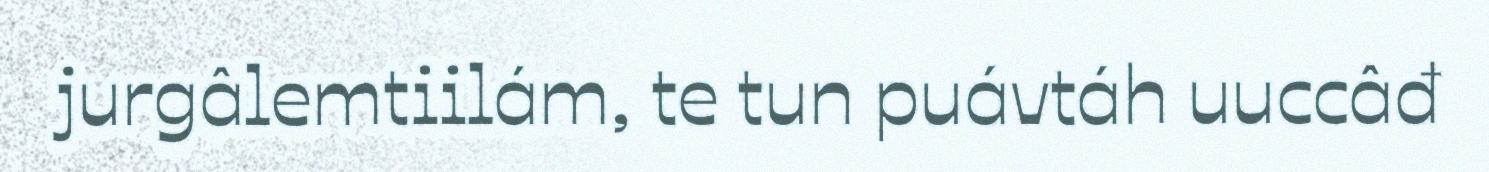
jurgâlemtiilám, te tun puávtáh uuccâđ